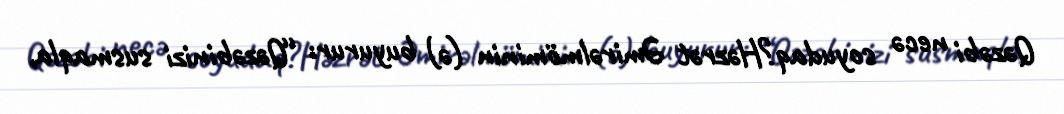
Qəzəbi necə soyudaq?Həzrət Əmirəlmöminin (ə) buyurur: “Qəzəbinizi susmaqla,